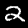
Label: 2